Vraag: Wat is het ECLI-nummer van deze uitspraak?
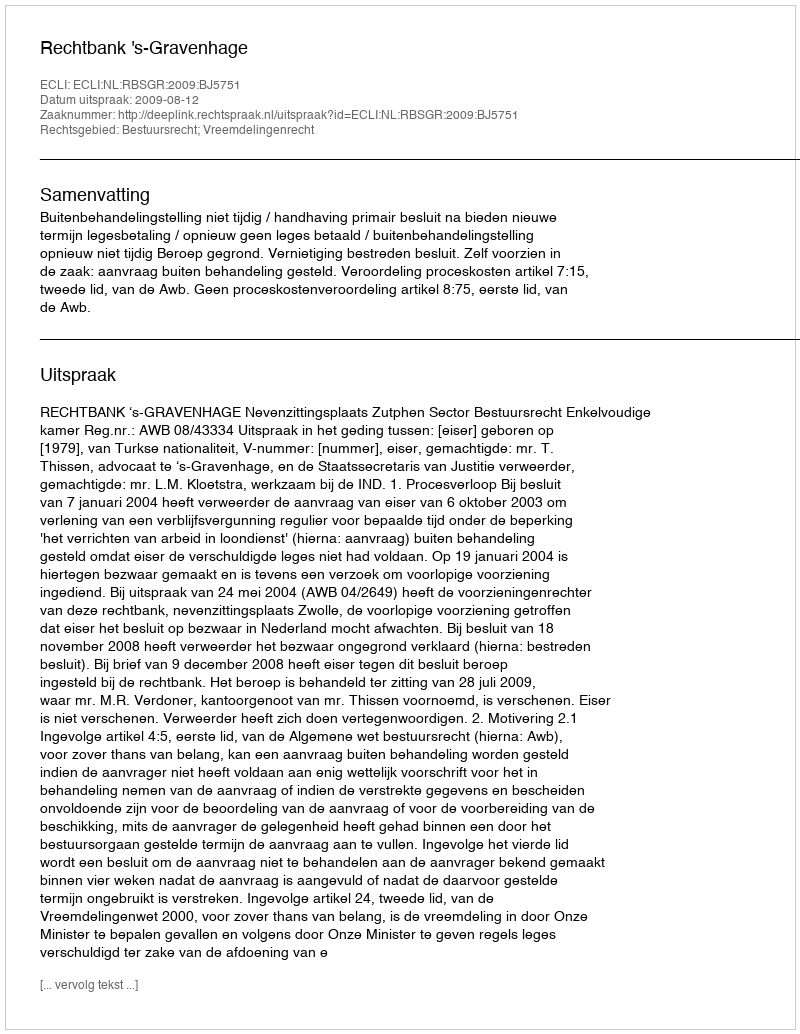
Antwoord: ECLI:NL:RBSGR:2009:BJ5751